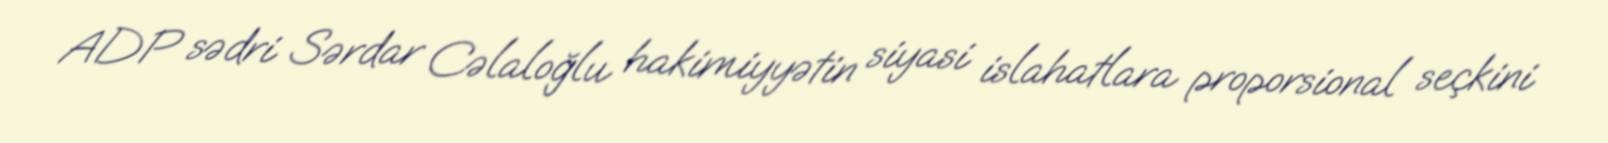
ADP sədri Sərdar Cəlaloğlu hakimiyyətin siyasi islahatlara proporsional seçkini